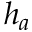
h _ { a }